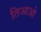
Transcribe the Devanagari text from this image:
तिआओ